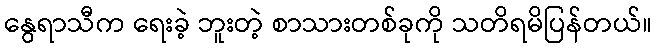
နွေရာသီက ရေးခဲ့ ဘူးတဲ့ စာသားတစ်ခုကို သတိရမိပြန်တယ်။